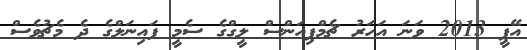
އޭޕީ 2013 ވަނަ އަހަރު ޗެމްޕިއަންސް ލީގްގެ ސެމީ ފައިނަލްގެ ދެ މެޗުވެސް